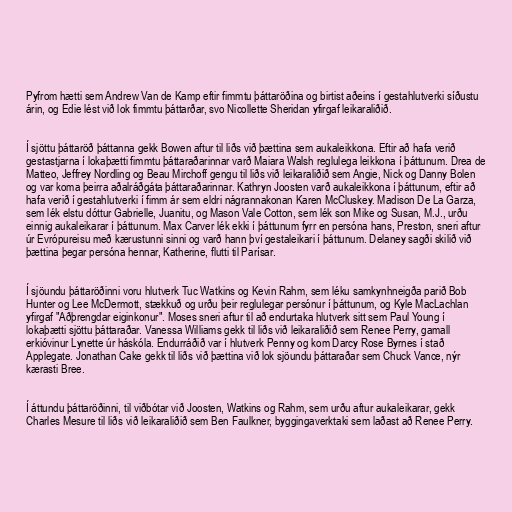
Pyfrom hætti sem Andrew Van de Kamp eftir fimmtu þáttaröðina og birtist aðeins í gestahlutverki síðustu
árin, og Edie lést við lok fimmtu þáttarðar, svo Nicollette Sheridan yfirgaf leikaraliðið.

Í sjöttu þáttaröð þáttanna gekk Bowen aftur til liðs við þættina sem aukaleikkona. Eftir að hafa verið
gestastjarna í lokaþætti fimmtu þáttaraðarinnar varð Maiara Walsh reglulega leikkona í þáttunum. Drea de
Matteo, Jeffrey Nordling og Beau Mirchoff gengu til liðs við leikaraliðið sem Angie, Nick og Danny Bolen
og var koma þeirra aðalráðgáta þáttaraðarinnar. Kathryn Joosten varð aukaleikkona í þáttunum, eftir að
hafa verið í gestahlutverki í fimm ár sem eldri nágrannakonan Karen McCluskey. Madison De La Garza,
sem lék elstu dóttur Gabrielle, Juanitu, og Mason Vale Cotton, sem lék son Mike og Susan, M.J., urðu
einnig aukaleikarar í þáttunum. Max Carver lék ekki í þáttunum fyrr en persóna hans, Preston, sneri aftur
úr Evrópureisu með kærustunni sinni og varð hann því gestaleikari í þáttunum. Delaney sagði skilið við
þættina þegar persóna hennar, Katherine, flutti til Parísar.

Í sjöundu þáttaröðinni voru hlutverk Tuc Watkins og Kevin Rahm, sem léku samkynhneigða parið Bob
Hunter og Lee McDermott, stækkuð og urðu þeir reglulegar persónur í þáttunum, og Kyle MacLachlan
yfirgaf "Aðþrengdar eiginkonur". Moses sneri aftur til að endurtaka hlutverk sitt sem Paul Young í
lokaþætti sjöttu þáttaraðar. Vanessa Williams gekk til liðs við leikaraliðið sem Renee Perry, gamall
erkióvinur Lynette úr háskóla. Endurráðið var í hlutverk Penny og kom Darcy Rose Byrnes í stað
Applegate. Jonathan Cake gekk til liðs við þættina við lok sjöundu þáttaraðar sem Chuck Vance, nýr
kærasti Bree.

Í áttundu þáttaröðinni, til viðbótar við Joosten, Watkins og Rahm, sem urðu aftur aukaleikarar, gekk
Charles Mesure til liðs við leikaraliðið sem Ben Faulkner, byggingaverktaki sem laðast að Renee Perry.